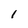
Character: 1